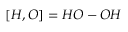
\left[ { \cal H } , { \cal O } \right] = { \cal H } { \cal O } - { \cal O } { \cal H }